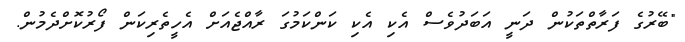
"ބޭރުގެ ފަރާތްތަކުން ދަނީ އަބަދުވެސް އެކި އެކި ކަންކަމުގަ ރާއްޖެއަށް އެހީތެރިކަން ފޯރުކޮށްދެމުން.